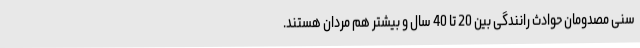
سنی مصدومان حوادث رانندگی بین 20 تا 40 سال و بیشتر هم مردان هستند.